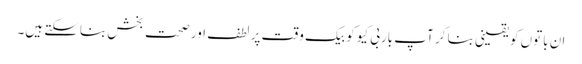
ان باتوں کو یقینی بنا کر آپ باربی کیو کو بیک وقت پر لطف اور صحت بخش بناسکتے ہیں۔